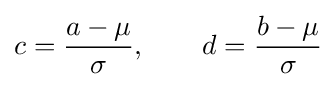
c={\frac {a-\mu }{\sigma }},\qquad d={\frac {b-\mu }{\sigma }}